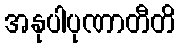
အနုပါပုဏာတီတိ